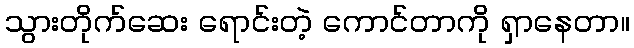
သွားတိုက်ဆေး ရောင်းတဲ့ ကောင်တာကို ရှာနေတာ။